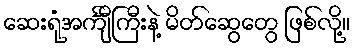
ဆေးရုံအင်္ကျီကြီးနဲ့ မိတ်ဆွေတွေ ဖြစ်လို့။